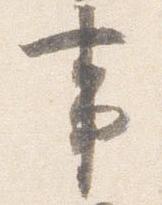
事